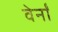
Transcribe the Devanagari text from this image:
वेर्नों